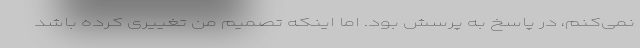
نمی‌کنم، در پاسخ به پرسش بود. اما اینکه تصمیم من تغییری کرده باشد